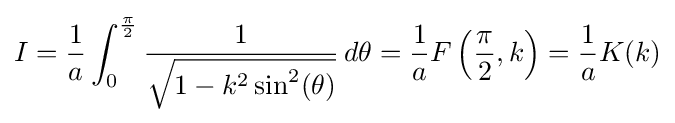
I={\frac {1}{a}}\int _{0}^{\frac {\pi }{2}}{\frac {1}{\sqrt {1-k^{2}\sin ^{2}(\theta )}}}\,d\theta ={\frac {1}{a}}F\left({\frac {\pi }{2}},k\right)={\frac {1}{a}}K(k)